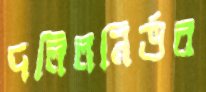
দলিলনির্ভর